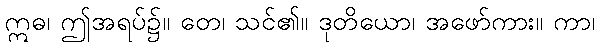
ဣဓ၊ ဤအရပ်၌။ တေ၊ သင်၏။ ဒုတိယော၊ အဖော်ကား။ ကာ၊